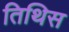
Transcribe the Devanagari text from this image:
तिथिस